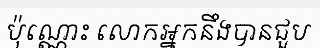
ប៉ុណ្ណោះ លោកអ្នកនឹងបានជួប